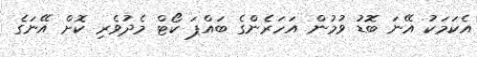
އެކަމަކު އޭނަ ބޮޑު ވުމުން އަހަރެންގެ ބައްޕަ ކޯޓް މެދުވެރި ކޮށް އޭނަގެ